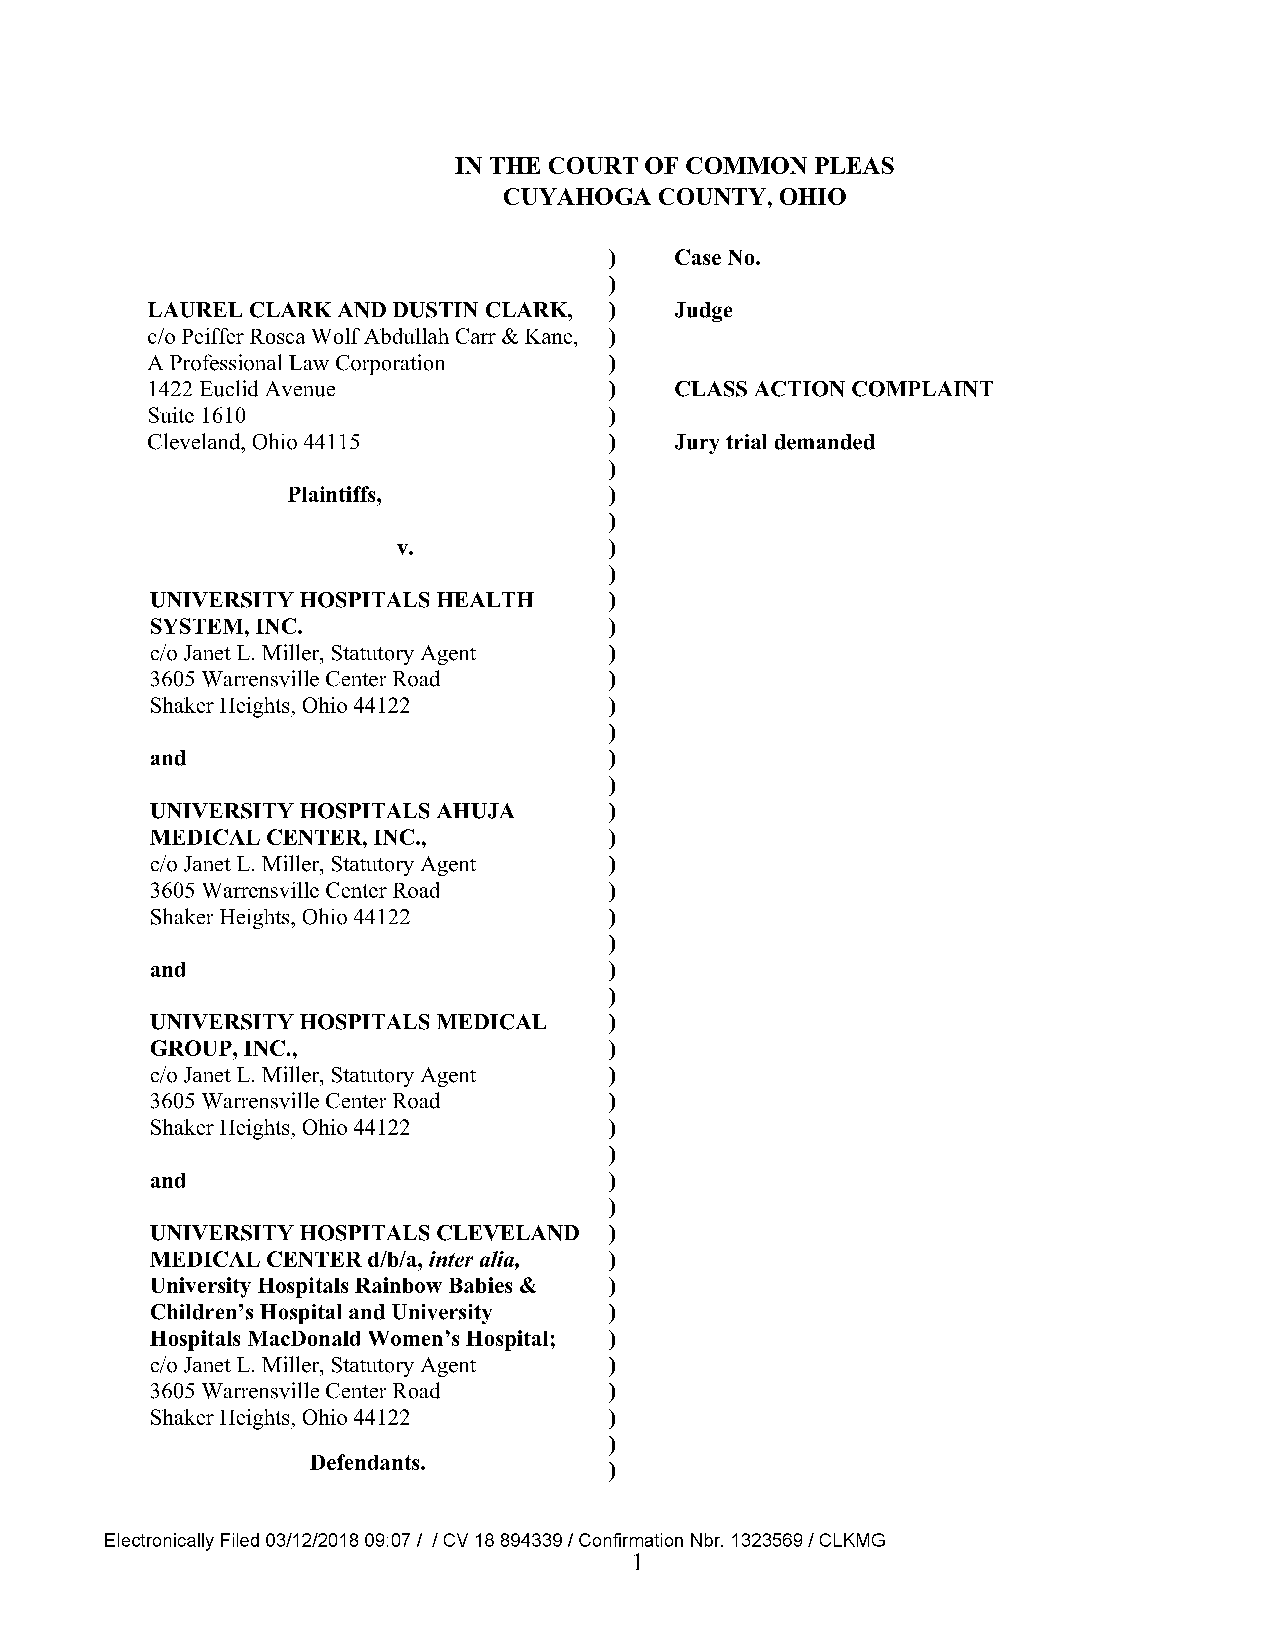
IN THE COURT OF COMMON  PLEAS
 CUYAHOGA   COUNTY, OHIO
 )   Case No.
 )
 LAUREL CLARK AND DUSTIN CLARK, )  Judge
 c/o Peiffer Rosca Wolf Abdullah Carr & Kane, )
 A Professional Law Corporation )
 1422 Euclid Avenue            )   CLASS ACTION COMPLAINT
 Suite 1610                    )
 Cleveland, Ohio 44115         )   Jury trial demanded
 )
 Plaintiffs,          )
 )
 v.            )
 )
 UNIVERSITY HOSPITALS HEALTH   )
 SYSTEM, INC.                  )
 c/o Janet L. Miller, Statutory Agent )
 3605 Warrensville Center Road )
 Shaker Heights, Ohio 44122    )
 )
 and                           )
 )
 UNIVERSITY HOSPITALS AHUJA    )
 MEDICAL CENTER, INC.,         )
 c/o Janet L. Miller, Statutory Agent )
 3605 Warrensville Center Road )
 Shaker Heights, Ohio 44122    )
 )
 and                           )
 )
 UNIVERSITY HOSPITALS MEDICAL  )
 GROUP, INC.,                  )
 c/o Janet L. Miller, Statutory Agent )
 3605 Warrensville Center Road )
 Shaker Heights, Ohio 44122    )
 )
 and                           )
 )
 UNIVERSITY HOSPITALS CLEVELAND )
 MEDICAL CENTER d/b/a, inter alia, )
 University Hospitals Rainbow Babies & )
 Children’s Hospital and University )
 Hospitals MacDonald Women’s Hospital; )
 c/o Janet L. Miller, Statutory Agent )
 3605 Warrensville Center Road )
 Shaker Heights, Ohio 44122    )
 )
 Defendants.
 )
 Electronically Filed 03/12/2018 09:07 / / CV 18 894339 / Confirmation Nbr. 1323569 / CLKMG
 1